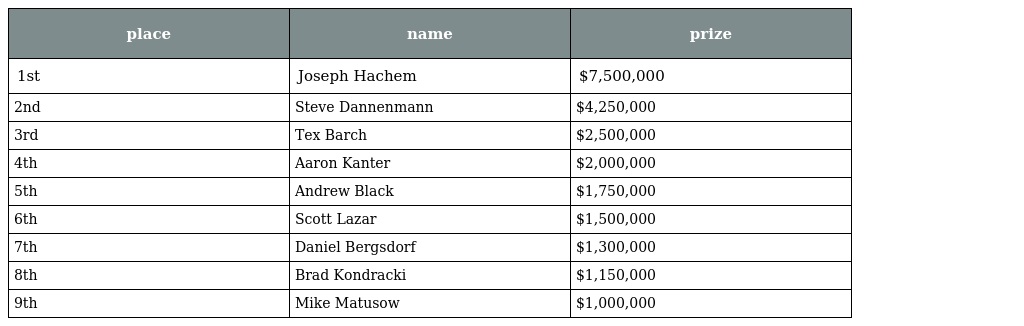
| place | name | prize |
 | --- | --- | --- |
 | 1st | Joseph Hachem | $7,500,000 |
 | 2nd | Steve Dannenmann | $4,250,000 |
 | 3rd | Tex Barch | $2,500,000 |
 | 4th | Aaron Kanter | $2,000,000 |
 | 5th | Andrew Black | $1,750,000 |
 | 6th | Scott Lazar | $1,500,000 |
 | 7th | Daniel Bergsdorf | $1,300,000 |
 | 8th | Brad Kondracki | $1,150,000 |
 | 9th | Mike Matusow | $1,000,000 |